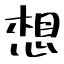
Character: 想